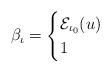
LaTeX: \begin{align*}\beta_{\iota}&=\begin{cases}\mathcal{E}_{\iota_0}(u) & \\1& \end{cases}\end{align*}